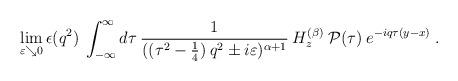
LaTeX: \begin{align*}\lim_{\varepsilon \searrow 0} \epsilon(q^2) \:\int_{-\infty}^\infty d\tau\:\frac{1}{((\tau^2 -\frac{1}{4})\: q^2 \pm i \varepsilon)^{\alpha+1}} \:H^{(\beta)}_z \:{\mathcal{P}}(\tau) \:e^{-iq \tau(y-x)} \;.\end{align*}